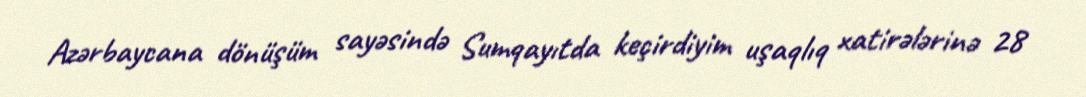
Azərbaycana dönüşüm sayəsində Sumqayıtda keçirdiyim uşaqlıq xatirələrinə 28